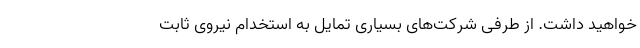
خواهید داشت. از طرفی شرکت‌های بسیاری تمایل به استخدام نیروی ثابت